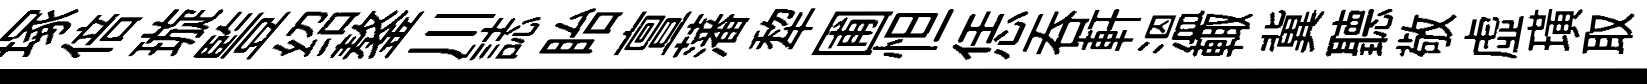
塚倍璇䜿绍鏊川誌眙亶藩犂圃怛恁呑軒温輙冀聽敬虛璜取